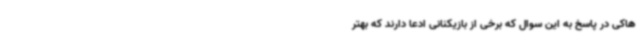
هاکی در پاسخ به این سوال که برخی از بازیکنانی ادعا دارند که بهتر